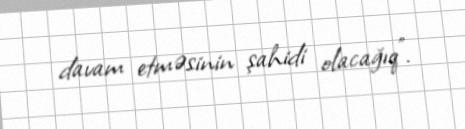
davam etməsinin şahidi olacağıq”.